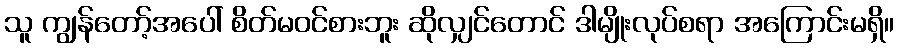
သူ ကျွန်တော့်အပေါ် စိတ်မဝင်စားဘူး ဆိုလျှင်တောင် ဒါမျိုးလုပ်စရာ အကြောင်းမရှိ။